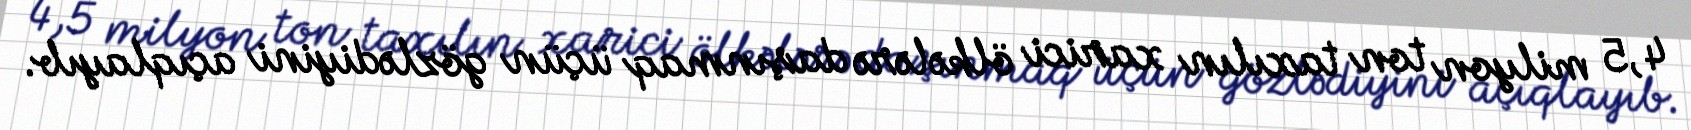
4,5 milyon ton taxılın xarici ölkələrə daşınmaq üçün gözlədiyini açıqlayıb.